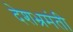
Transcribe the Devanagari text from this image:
देशभ्रमंती